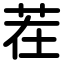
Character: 茬